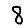
Digit: 8